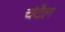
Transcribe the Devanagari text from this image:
चंदैल